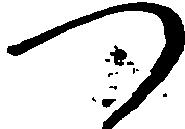
つ